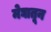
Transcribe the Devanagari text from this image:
मेघातून